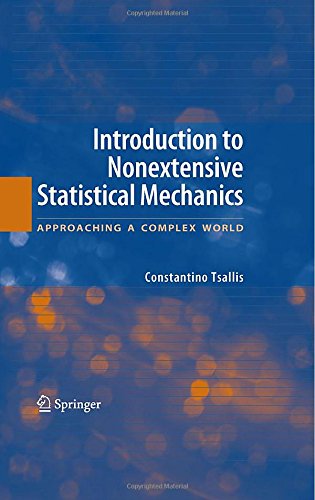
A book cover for Introduction to Nonextensive Statistical Mechanics: Approaching a Complex World; Constantino Tsallis; Science & Math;